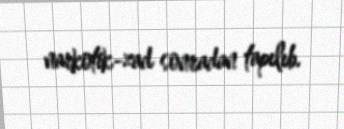
narkotik-zad sonradan tapılıb.